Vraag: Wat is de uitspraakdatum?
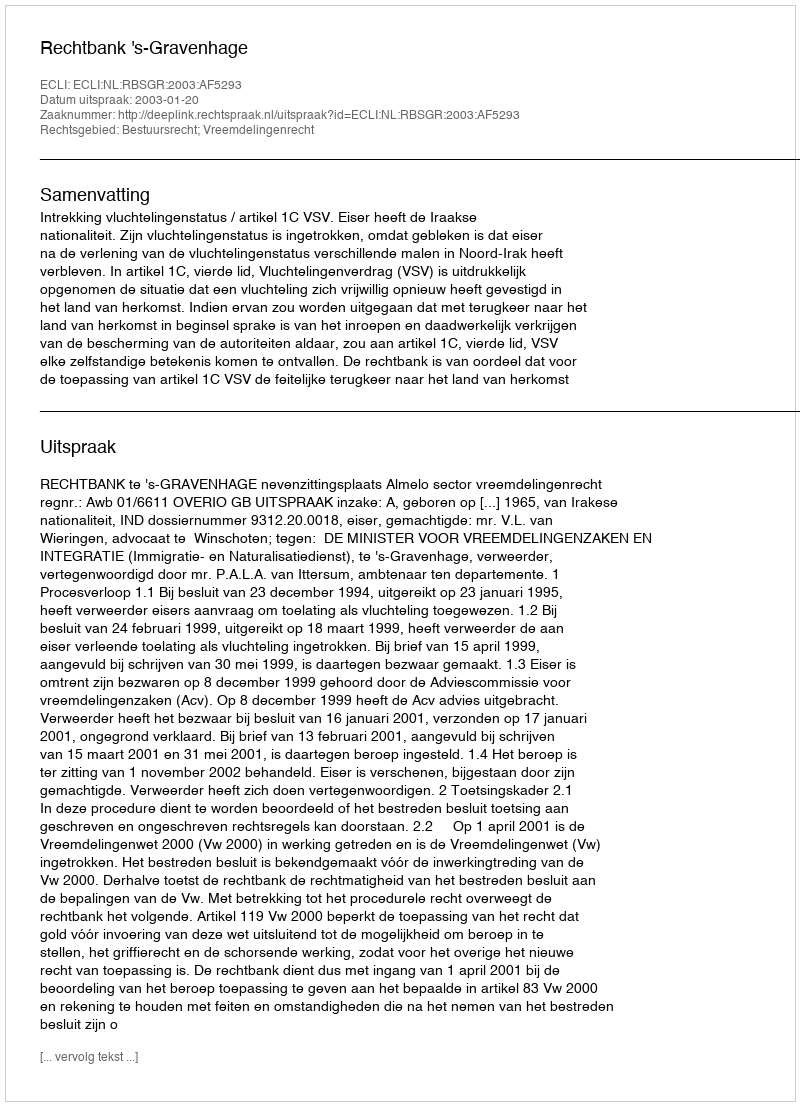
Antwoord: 2003-01-20